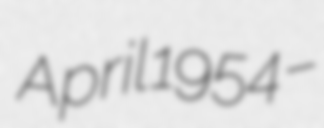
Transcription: April 1954 –